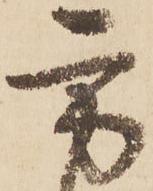
方